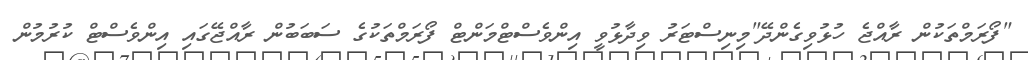
"ފޯރަމްތަކުން ރާއްޖެ ހުޅުވިގެންދޭ"މިިނިސްޓަރު ވިދާޅުވީ އިންވެސްޓްމަންޓް ފޯރަމްތަކުގެ ސަބަބުން ރާއްޖޭގައި އިންވެސްޓް ކުރުމުން